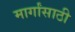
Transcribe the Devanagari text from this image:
मार्गांसाठी